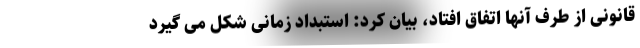
قانونی از طرف آنها اتفاق افتاد، بیان کرد: استبداد زمانی شکل می گیرد